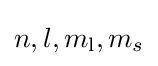
n,l,m_{\text{l}},m_{s}